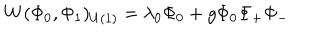
LaTeX: W ( \Phi _ { 0 } , \Phi _ { 1 } ) _ { U ( 1 ) } = \lambda _ { 0 } \Phi _ { 0 } + g \Phi _ { 0 } \Phi _ { + } \Phi _ { - }